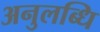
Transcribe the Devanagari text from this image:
अनुलब्धि